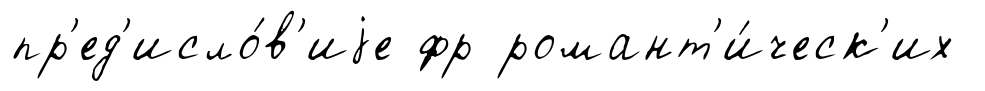
пр'ед'исло́в'иjе фр романт'и́ческ'их